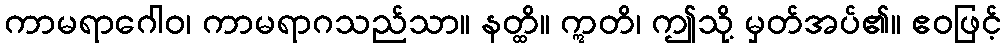
ကာမရာဂေါဝ၊ ကာမရာဂသည်သာ။ နတ္ထိ။ ဣတိ၊ ဤသို့ မှတ်အပ်၏။ ဧဝဖြင့်